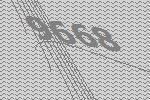
9668